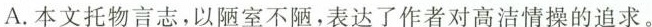
A.本文托物言志，以陋室不陋，表达了作者对高洁情操的追求。